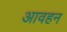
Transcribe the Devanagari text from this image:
आवहन